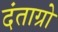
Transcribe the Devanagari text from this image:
दंताग्रो